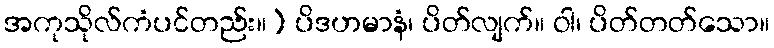
အကုသိုလ်ကံပင်တည်း။) ပိဒဟမာနံ၊ ပိတ်လျက်။ ဝါ၊ ပိတ်တတ်သော။